Vaccination returns of the Province of Eastern Bengal and Assam - 1905-1912
Year: 1905
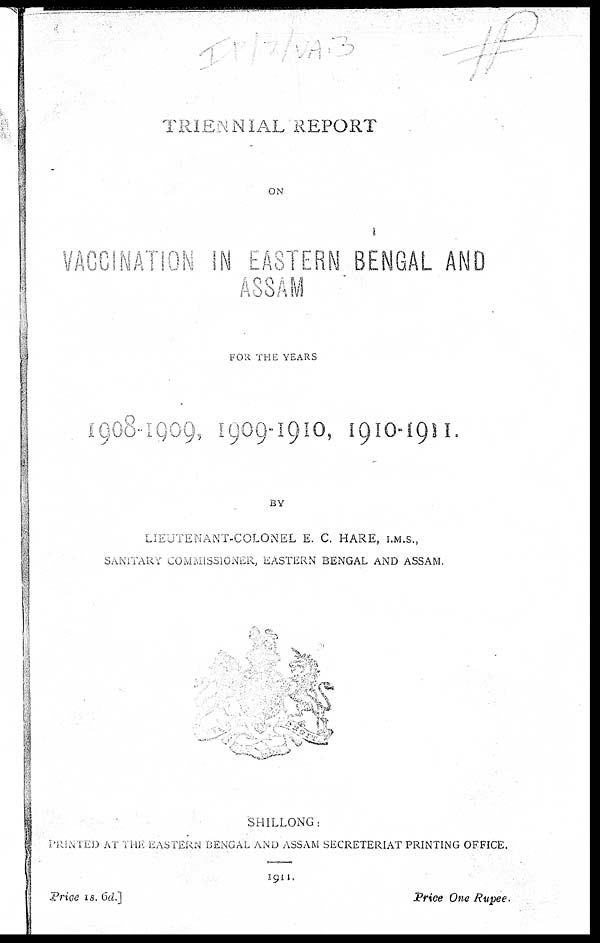
TRIENNIAL REPORT
ON
VACCINATION IN EASTERN BENGAL AND
ASSAM
FOR THE YEARS
1908-1909, 1909-1910, 1910-1911.
BY
LIEUTENANT-COLONEL E. C. HARE, I.M.S.,
SANITARY COMMISSIONER, EASTERN BENGAL AND ASSAM.
SHILLONG:
PRINTED AT THE EASTERN BENGAL AND ASSAM SECRETERIAT PRINTING OFFICE.
1911.
Price 1s. 6d.]
Price One Rupee.